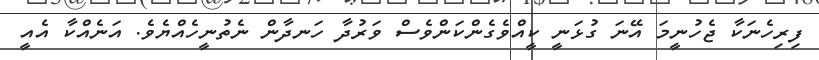
ފިރިހެނަކާ ޖެހުނީމަ އޭނަ ގުޅަނީ ކީއްވެގެންކަންވެސް ވަރުދާ ހަނދާން ނެތުނީހެއްޔެވެ. އަނެއްކާ އެއީ